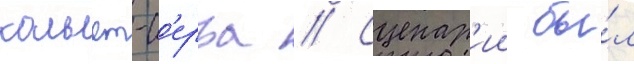
кольет-с'ерра // Сценар'ии бы́л